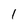
Character: 1